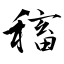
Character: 稸